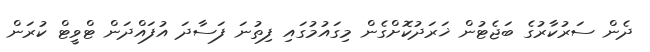
ދެން ސަރުކާރުގެ ބަޖެޓުން ޚަރަދުކޮށްގެން މިގައުމުގައި ފިތުނަ ފަސާދަ އުފައްދަން ޓްވީޓް ކުރަން